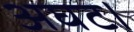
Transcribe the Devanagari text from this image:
अघट।